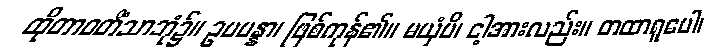
ထိုတာဝတိံသာဘုံ၌။ ဥပပန္နာ၊ ဖြစ်ကုန်၏။ မယှံပိ၊ ငါ့အားလည်း။ တထာရူပေါ၊